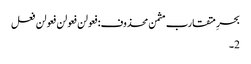
بحرِ متقارب مثمن محذوف:فعولن فعولن فعولن فعل
2۔